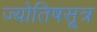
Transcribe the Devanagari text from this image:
ज्योतिषसूत्र